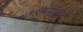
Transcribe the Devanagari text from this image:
दत्तारामबापूंसाठी